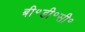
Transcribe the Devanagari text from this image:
बी॰डी॰सी॰